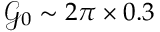
\mathcal { G } _ { 0 } \sim 2 \pi \times 0 . 3